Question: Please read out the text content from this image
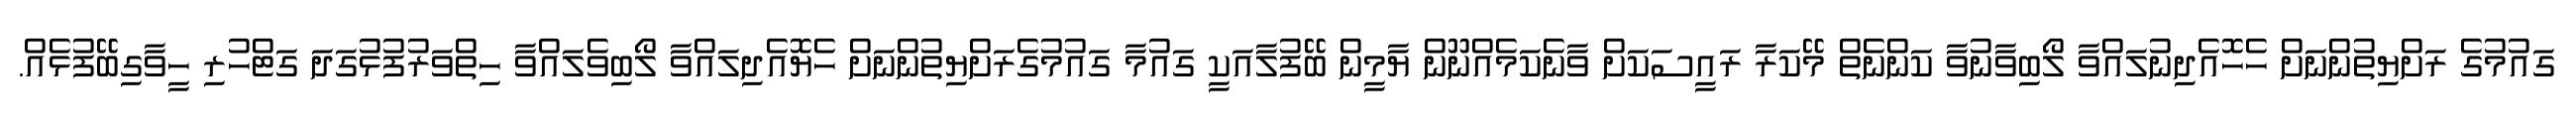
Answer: ގައުމުގެ ރަށްޔިތުންނަށް ހެހޮއެދިނުލައްވާ ލޯބިވާނުވާ ކަންނެތް މޭކަރާ ރައީސަކަށް ވާނެކަމެއްނޫން ޔާމީން ބޭފުލާއަކީ ގައުމާ ގައުމުގެރަށްޔިތުންނަށް ހެޔޮއެދިލައްވާ ލޯބިވެލައްވާ ހިތްވަރުފުޅުގަދަ ގަޓްހުރި ހީވާގިބޭފުޅެއް.